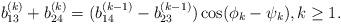
LaTeX: \begin{align*}b_{13}^{(k)}+b_{24}^{(k)} = (b_{14}^{(k-1)}-b_{23}^{(k-1)})\cos(\phi_{k}-\psi_{k}), k\geq1.\end{align*}